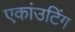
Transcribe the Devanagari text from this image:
एकांउटिंग